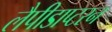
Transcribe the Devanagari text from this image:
लैपीडाप्टरन